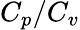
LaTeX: C_{p}/C_{v}